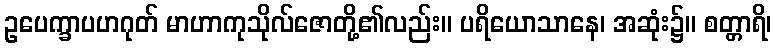
ဥပေက္ခာပဟဂုတ် မာဟာကုသိုလ်ဇောတို့၏လည်း။ ပရိယောသာနေ၊ အဆုံး၌။ စတ္တာရိ၊